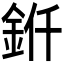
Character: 𬫊